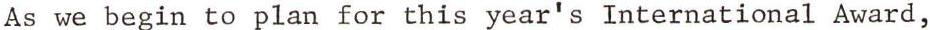
As we begin to plan for this year's International Award,